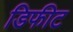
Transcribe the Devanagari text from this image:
डिफीट